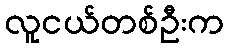
လူငယ်တစ်ဦးက